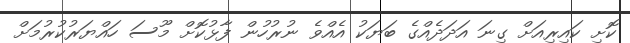
ކޮށި ކައިރިއަށް ގިނަ އަދަދެއްގެ ބަޔަކު އެއްވެ ނުރުހުން ފާޅުކޮށް މޫސަ ހައްޔަރުކުރުމަށް